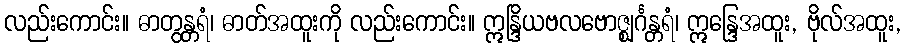
လည်းကောင်း။ ဓာတွန္တရံ၊ ဓာတ်အထူးကို လည်းကောင်း။ ဣန္ဒြိယဗလဗောဇ္ဈင်္ဂန္တရံ၊ ဣန္ဒြေအထူး, ဗိုလ်အထူး,